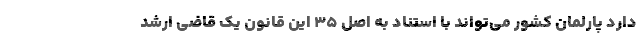
دارد پارلمان کشور می‌تواند با استناد به اصل ۳۵ این قانون یک قاضی ارشد